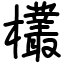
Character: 欉